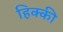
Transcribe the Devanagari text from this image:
हिक्‍की